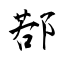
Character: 鄀